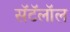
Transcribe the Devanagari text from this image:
सॅटॅलॉल